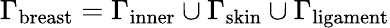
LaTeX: \Gamma_{\mathrm{breast}}=\Gamma_{\mathrm{inner}}\cup\Gamma_{\mathrm{skin}}\cup\Gamma_{\mathrm{ligament}}